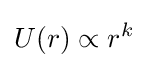
U(r)\propto r^{k}